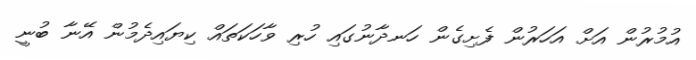
އުމުރުން އަށް އަހަރުން ފެށިގެން ހަނދާނުގައި ހުރި ވާހަކަތައް ކިޔައިދެމުން އޭނާ ބުނީ